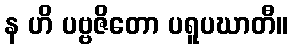
န ဟိ ပဗ္ဗဇိတော ပရူပဃာတီ။